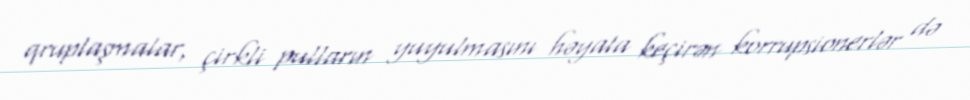
qruplaşmalar, çirkli pulların yuyulmasını həyata keçirən korrupsionerlər də